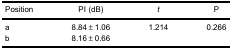
| Position | PI (dB) | t | P |
 | --- | --- | --- | --- |
 | a | 8.84±1.06 | 1.214 | 0.266 |
 | b | 8.16±0.66 |  |  |